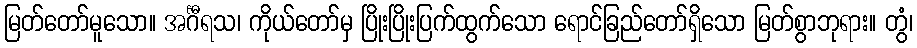
မြတ်တော်မူသော။ အင်္ဂီရသ၊ ကိုယ်တော်မှ ပြိုးပြိုးပြက်ထွက်သော ရောင်ခြည်တော်ရှိသော မြတ်စွာဘုရား။ တွံ၊